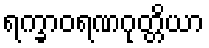
ရက္ခာဝရဏဂုတ္တိယာ